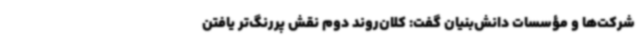
شرکت‌ها و مؤسسات دانش‌بنیان گفت: کلان‌روند دوم نقش پررنگ‌تر یافتن